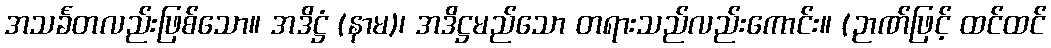
အသင်္ခတလည်းဖြစ်သော။ အဒိဋ္ဌံ (နာမ)၊ အဒိဋ္ဌမည်သော တရားသည်လည်းကောင်း။ (ဉာဏ်ဖြင့် ထင်ထင်